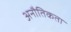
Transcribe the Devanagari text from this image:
अनौतिकता